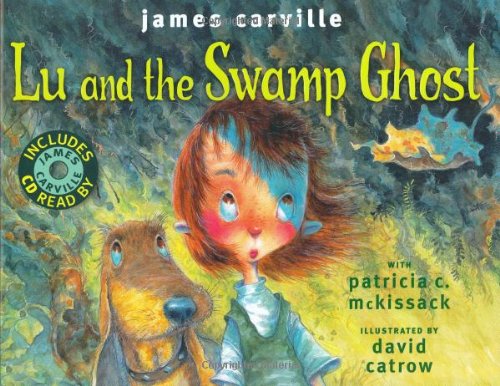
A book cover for Lu and the Swamp Ghost; James Carville; Children's Books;